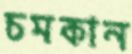
চমকান